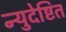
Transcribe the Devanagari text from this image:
न्युदेष्टित